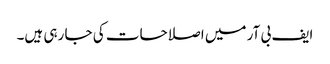
ایف بی آر میں اصلاحات کی جا رہی ہیں۔